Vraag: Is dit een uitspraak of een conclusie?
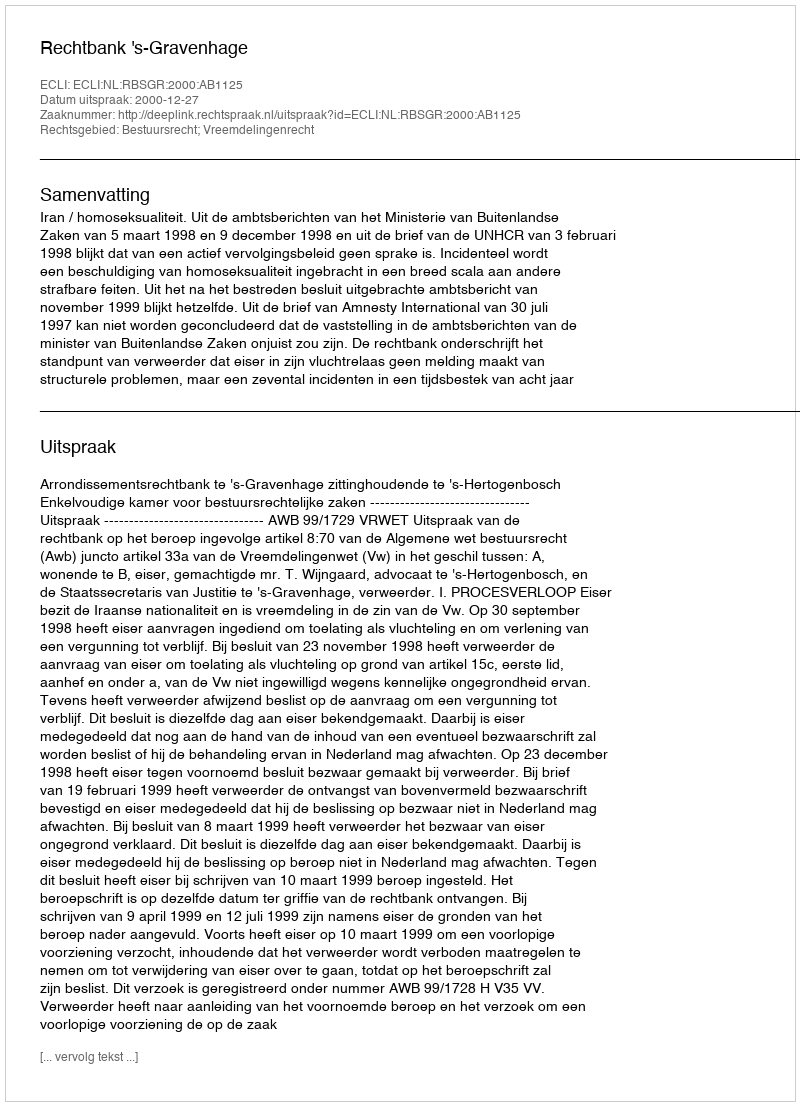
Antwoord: Uitspraak